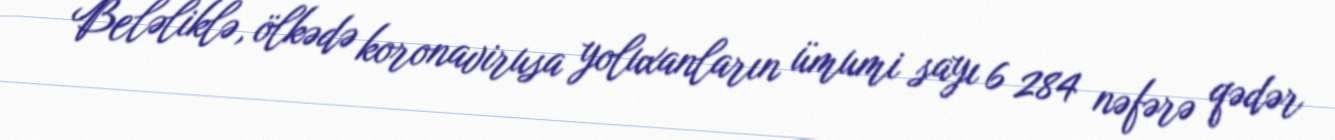
Beləliklə, ölkədə koronavirusa yoluxanların ümumi sayı 6 284 nəfərə qədər